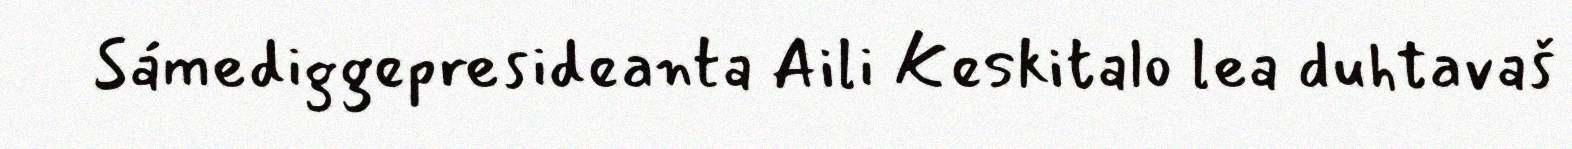
Sámediggepresideanta Aili Keskitalo lea duhtavaš